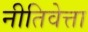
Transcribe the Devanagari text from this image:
नीतिवेत्ता